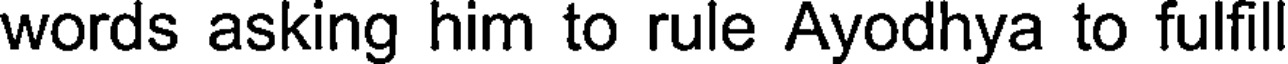
words asking him to rule Ayodhya to fulfil